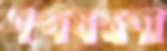
শব্দযন্ত্রণা